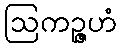
ဩကဉ္ဇဟံ